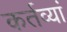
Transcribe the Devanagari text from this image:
कर्तव्यां